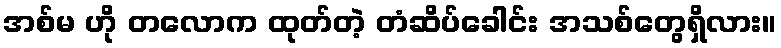
အစ်မ ဟို တလောက ထုတ်တဲ့ တံဆိပ်ခေါင်း အသစ်တွေရှိလား။